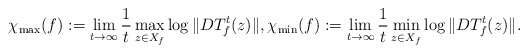
\begin{align*}\chi_{\max}(f):=\lim_{t\to\infty}\frac{1}{t}\max_{z\in X_{f}}\log\|DT_{f}^{t}(z)\|,\chi_{\min}(f):=\lim_{t\to\infty}\frac{1}{t}\min_{z\in X_{f}}\log\|DT_{f}^{t}(z)\|.\end{align*}